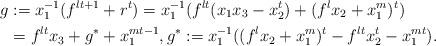
LaTeX: \begin{align*}g&:=x_1^{-1}(f^{lt+1}+r^t)=x_1^{-1}(f^{lt}(x_1x_3-x_2^t)+(f^lx_2+x_1^m)^t) \\ &=f^{lt}x_3+g^*+x_1^{mt-1},g^*:=x_1^{-1}((f^lx_2+x_1^m)^t-f^{lt}x_2^t-x_1^{mt}). \end{align*}